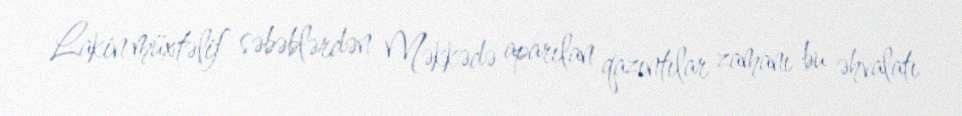
Lakin müxtəlif səbəblərdən Məkkədə aparılan qazıntılar zamanı bu əhvalatı